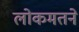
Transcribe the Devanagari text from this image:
लोकमतने